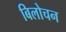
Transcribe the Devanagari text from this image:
बिलोचन